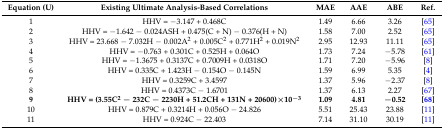
<table><thead><tr><td><b>Equation (U)</b></td><td><b>Existing Ultimate Analysis-Based Correlations</b></td><td><b>MAE</b></td><td><b>AAE</b></td><td><b>ABE</b></td><td><b>Ref.</b></td></tr></thead><tbody><tr><td>1</td><td>HHV = −3.147 + 0.468C</td><td>1.49</td><td>6.66</td><td>3.26</td><td>[65]</td></tr><tr><td>2</td><td>HHV = −1.642 − 0.024ASH + 0.475(C + N) − 0.376(H + N)</td><td>1.58</td><td>7.00</td><td>2.52</td><td>[65]</td></tr><tr><td>3</td><td>HHV = 23.668 − 7.032H − 0.002A<sup>2</sup> + 0.005C<sup>2</sup> + 0.771H<sup>2</sup> + 0.019N<sup>2</sup></td><td>2.95</td><td>12.93</td><td>11.11</td><td>[65]</td></tr><tr><td>4</td><td>HHV = −0.763 + 0.301C + 0.525H + 0.064O</td><td>1.73</td><td>7.24</td><td>−5.78</td><td>[61]</td></tr><tr><td>5</td><td>HHV = −1.3675 + 0.3137C + 0.7009H + 0.0318O</td><td>1.71</td><td>7.20</td><td>−5.96</td><td>[8]</td></tr><tr><td>6</td><td>HHV = 0.335C + 1.423H − 0.154O − 0.145N</td><td>1.59</td><td>6.99</td><td>5.35</td><td>[4]</td></tr><tr><td>7</td><td>HHV = 0.3259C + 3.4597</td><td>1.37</td><td>5.96</td><td>−2.37</td><td>[8]</td></tr><tr><td>8</td><td>HHV = 0.4373C − 1.6701</td><td>1.37</td><td>6.13</td><td>2.27</td><td>[67]</td></tr><tr><td><b>9</b></td><td><b>HHV = (3.55C<sup>2</sup> − 232C − 2230H + 51.2CH + 131N + 20600)×10<sup>−3</sup></b></td><td><b>1.09</b></td><td><b>4.81</b></td><td><b>−0.52</b></td><td><b>[68]</b></td></tr><tr><td>10</td><td>HHV = 0.879C + 0.3214H + 0.056O − 24.826</td><td>5.51</td><td>25.43</td><td>23.88</td><td>[11]</td></tr><tr><td>11</td><td>HHV = 0.924C − 22.403</td><td>7.14</td><td>31.10</td><td>30.19</td><td>[11]</td></tr></tbody></table>